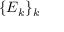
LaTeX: \{ E _ { k } \} _ { k }